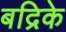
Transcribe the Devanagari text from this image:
बद्रिके